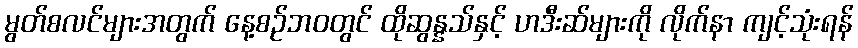
မွတ်စလင်များအတွက် နေ့စဉ်ဘဝတွင် ထိုဆွန္နသ်နှင့် ဟဒီးဆ်များကို လိုက်နာ ကျင့်သုံးရန်